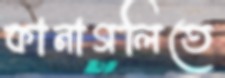
কানাগলিতে